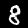
Digit: 8